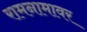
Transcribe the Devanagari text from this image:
रामनामावर